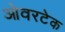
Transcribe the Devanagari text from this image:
ओवरटेक